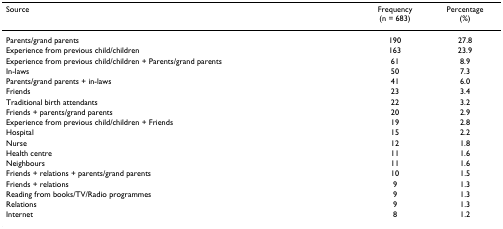
<table><thead><tr><td><b>Source</b></td><td><b>Frequency(n = 683)</b></td><td><b>Percentage(%)</b></td></tr></thead><tbody><tr><td>Parents/grand parents</td><td>190</td><td>27.8</td></tr><tr><td>Experience from previous child/children</td><td>163</td><td>23.9</td></tr><tr><td>Experience from previous child/children + Parents/grand parents</td><td>61</td><td>8.9</td></tr><tr><td>In-laws</td><td>50</td><td>7.3</td></tr><tr><td>Parents/grand parents + in-laws</td><td>41</td><td>6.0</td></tr><tr><td>Friends</td><td>23</td><td>3.4</td></tr><tr><td>Traditional birth attendants</td><td>22</td><td>3.2</td></tr><tr><td>Friends + parents/grand parents</td><td>20</td><td>2.9</td></tr><tr><td>Experience from previous child/children + Friends</td><td>19</td><td>2.8</td></tr><tr><td>Hospital</td><td>15</td><td>2.2</td></tr><tr><td>Nurse</td><td>12</td><td>1.8</td></tr><tr><td>Health centre</td><td>11</td><td>1.6</td></tr><tr><td>Neighbours</td><td>11</td><td>1.6</td></tr><tr><td>Friends + relations + parents/grand parents</td><td>10</td><td>1.5</td></tr><tr><td>Friends + relations</td><td>9</td><td>1.3</td></tr><tr><td>Reading from books/TV/Radio programmes</td><td>9</td><td>1.3</td></tr><tr><td>Relations</td><td>9</td><td>1.3</td></tr><tr><td>Internet</td><td>8</td><td>1.2</td></tr></tbody></table>